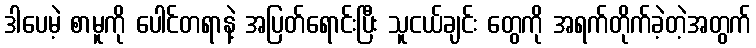
ဒါပေမဲ့ စာမူကို ပေါင်တရာနဲ့ အပြတ်ရောင်းပြီး သူငယ်ချင်း တွေကို အရက်တိုက်ခဲ့တဲ့အတွက်